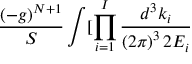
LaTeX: \frac { ( - g ) ^ { N + 1 } } S \int [ \prod _ { i = 1 } ^ { I } \frac { d ^ { 3 } k _ { i } } { \left( 2 \pi \right) ^ { 3 } 2 E _ { i } }